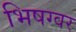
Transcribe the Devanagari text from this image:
भिषग्वर